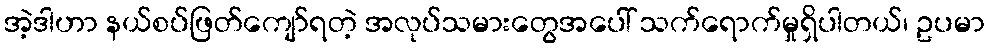
အဲ့ဒါဟာ နယ်စပ်ဖြတ်ကျော်ရတဲ့ အလုပ်သမားတွေအပေါ် သက်ရောက်မှုရှိပါတယ်၊ ဥပမာ